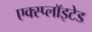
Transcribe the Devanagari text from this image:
एक्स्प्लाॅइटेड